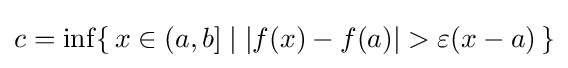
c=\inf\{\,x\in (a,b]\mid |f(x)-f(a)|>\varepsilon (x-a)\,\}